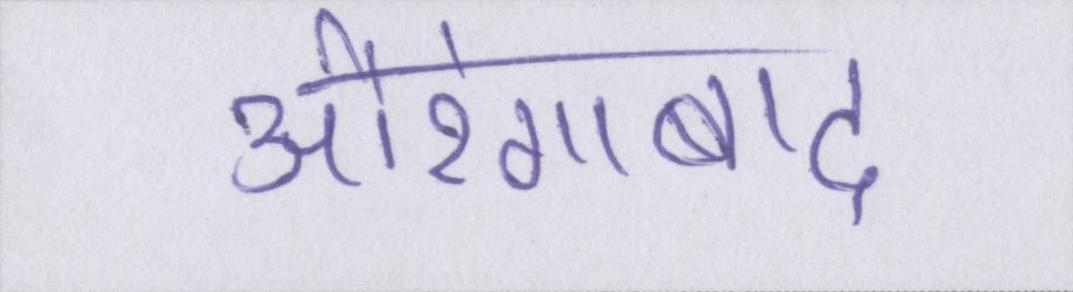
औरंगाबाद